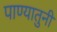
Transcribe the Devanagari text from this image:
पाण्यातुनी